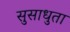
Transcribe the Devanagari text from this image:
सुसाधुता